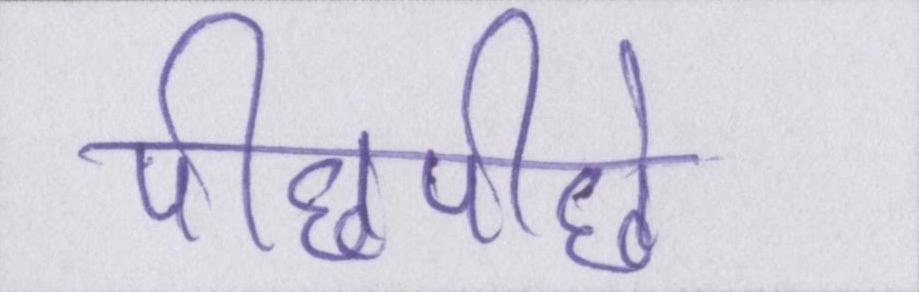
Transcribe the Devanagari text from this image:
पीछेपीछे